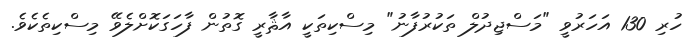
ހުރި 130 އަހަރުވީ "މަސްޖިދުލް ތަކުރުފާނު" މިސްކިތަކީ އާޘާރީ ގޮތުން ފާހަގަކޮށްލެވޭ މިސްކިތެކެވެ.